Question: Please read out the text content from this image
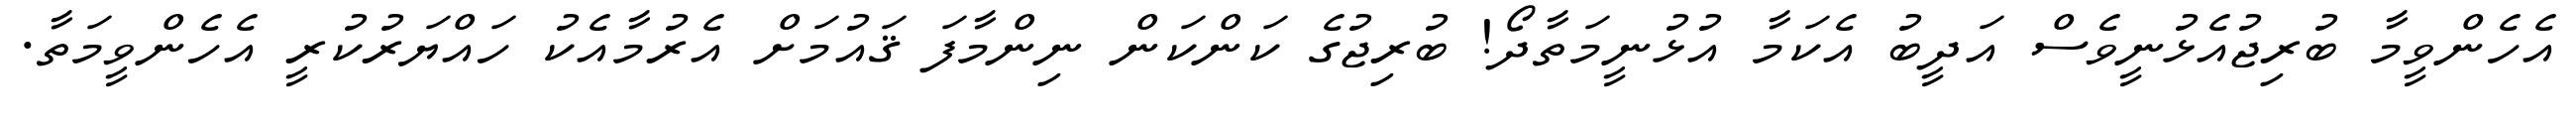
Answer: އެހެންވީމާ ބުރިޖުއެޅުނީވެސް އަދީބު އެކަމާ އުޅުނީމަތާދޯ! ބުރިޖުގެ ކަންކަން ނިންމާފަ ޤައުމަށް އެރުމާއެކު ހައްޔަރުކުރީ އެހެންވީމަތާ.